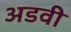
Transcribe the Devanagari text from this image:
अडवी